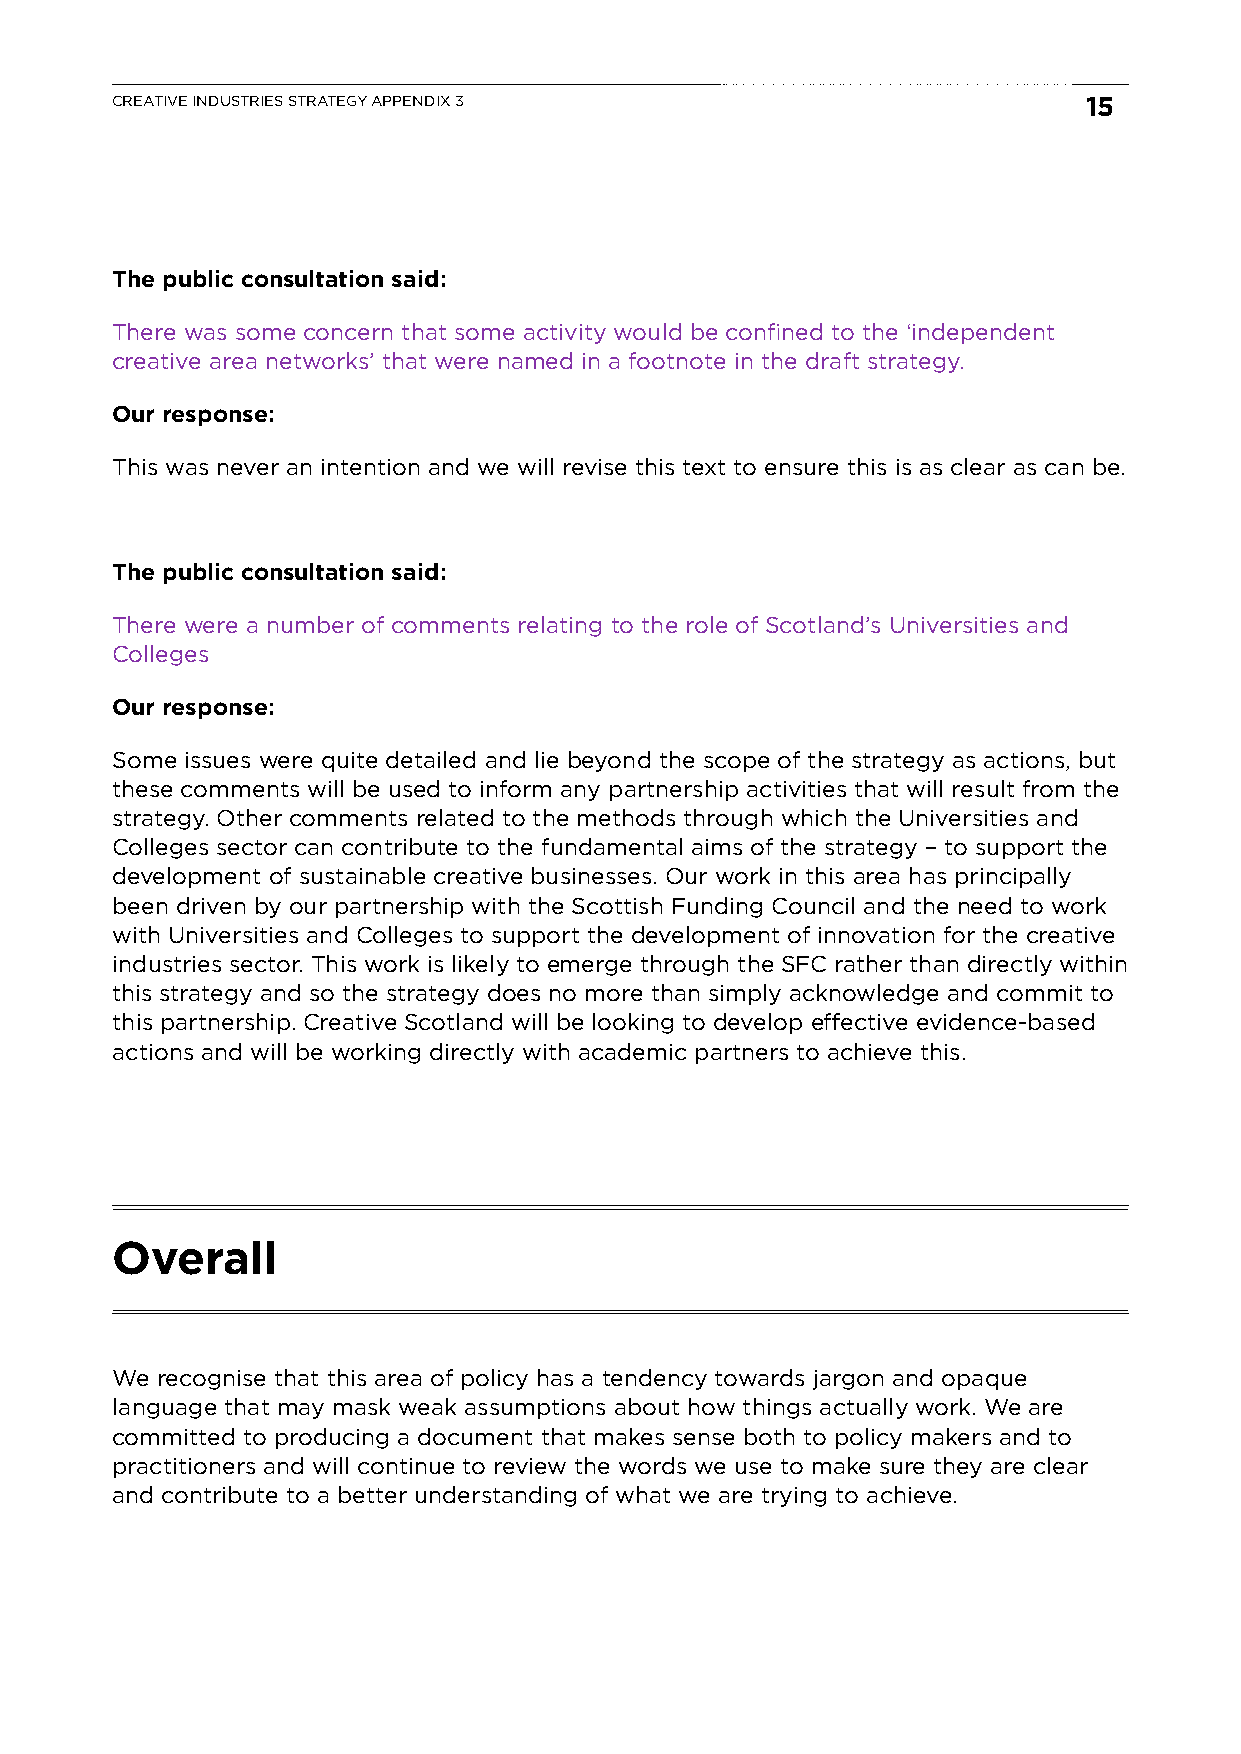
CREATIVE INDUSTRIES STRATEGY APPENDIX 3                          15
 The public consultation said:
 There was some concern that some activity would be confined to the ‘independent
 creative area networks’ that were named in a footnote in the draft strategy.
 Our response:
 This was never an intention and we will revise this text to ensure this is as clear as can be.
 The public consultation said:
 There were a number of comments relating to the role of Scotland’s Universities and
 Colleges
 Our response:
 Some issues were quite detailed and lie beyond the scope of the strategy as actions, but
 these comments will be used to inform any partnership activities that will result from the
 strategy. Other comments related to the methods through which the Universities and
 Colleges sector can contribute to the fundamental aims of the strategy – to support the
 development of sustainable creative businesses. Our work in this area has principally
 been driven by our partnership with the Scottish Funding Council and the need to work
 with Universities and Colleges to support the development of innovation for the creative
 industries sector. This work is likely to emerge through the SFC rather than directly within
 this strategy and so the strategy does no more than simply acknowledge and commit to
 this partnership. Creative Scotland will be looking to develop effective evidence-based
 actions and will be working directly with academic partners to achieve this.
 Overall
 We recognise that this area of policy has a tendency towards jargon and opaque
 language that may mask weak assumptions about how things actually work. We are
 committed to producing a document that makes sense both to policy makers and to
 practitioners and will continue to review the words we use to make sure they are clear
 and contribute to a better understanding of what we are trying to achieve.